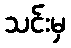
သင်းမှ